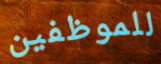
للموظفين